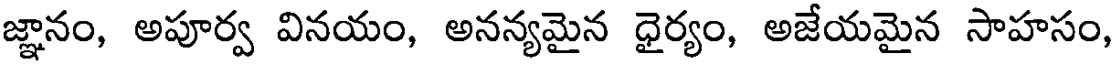
జ్ఞానం, అపూర్వ వినయం, అనన్యమైన ధైర్యం, అజేయమైన సాహసం,